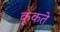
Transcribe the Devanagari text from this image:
कूकते